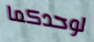
لوحدكما